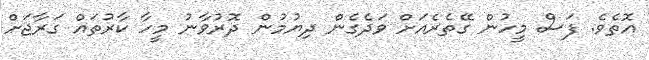
އޮތެވެ. ފަސް މީހުން ގޭތެރެއަށް ވަދެގެން ދިޔުމުން ދޮރުވާނު މީހާ ކާރުތައް ގަރާޖަށް